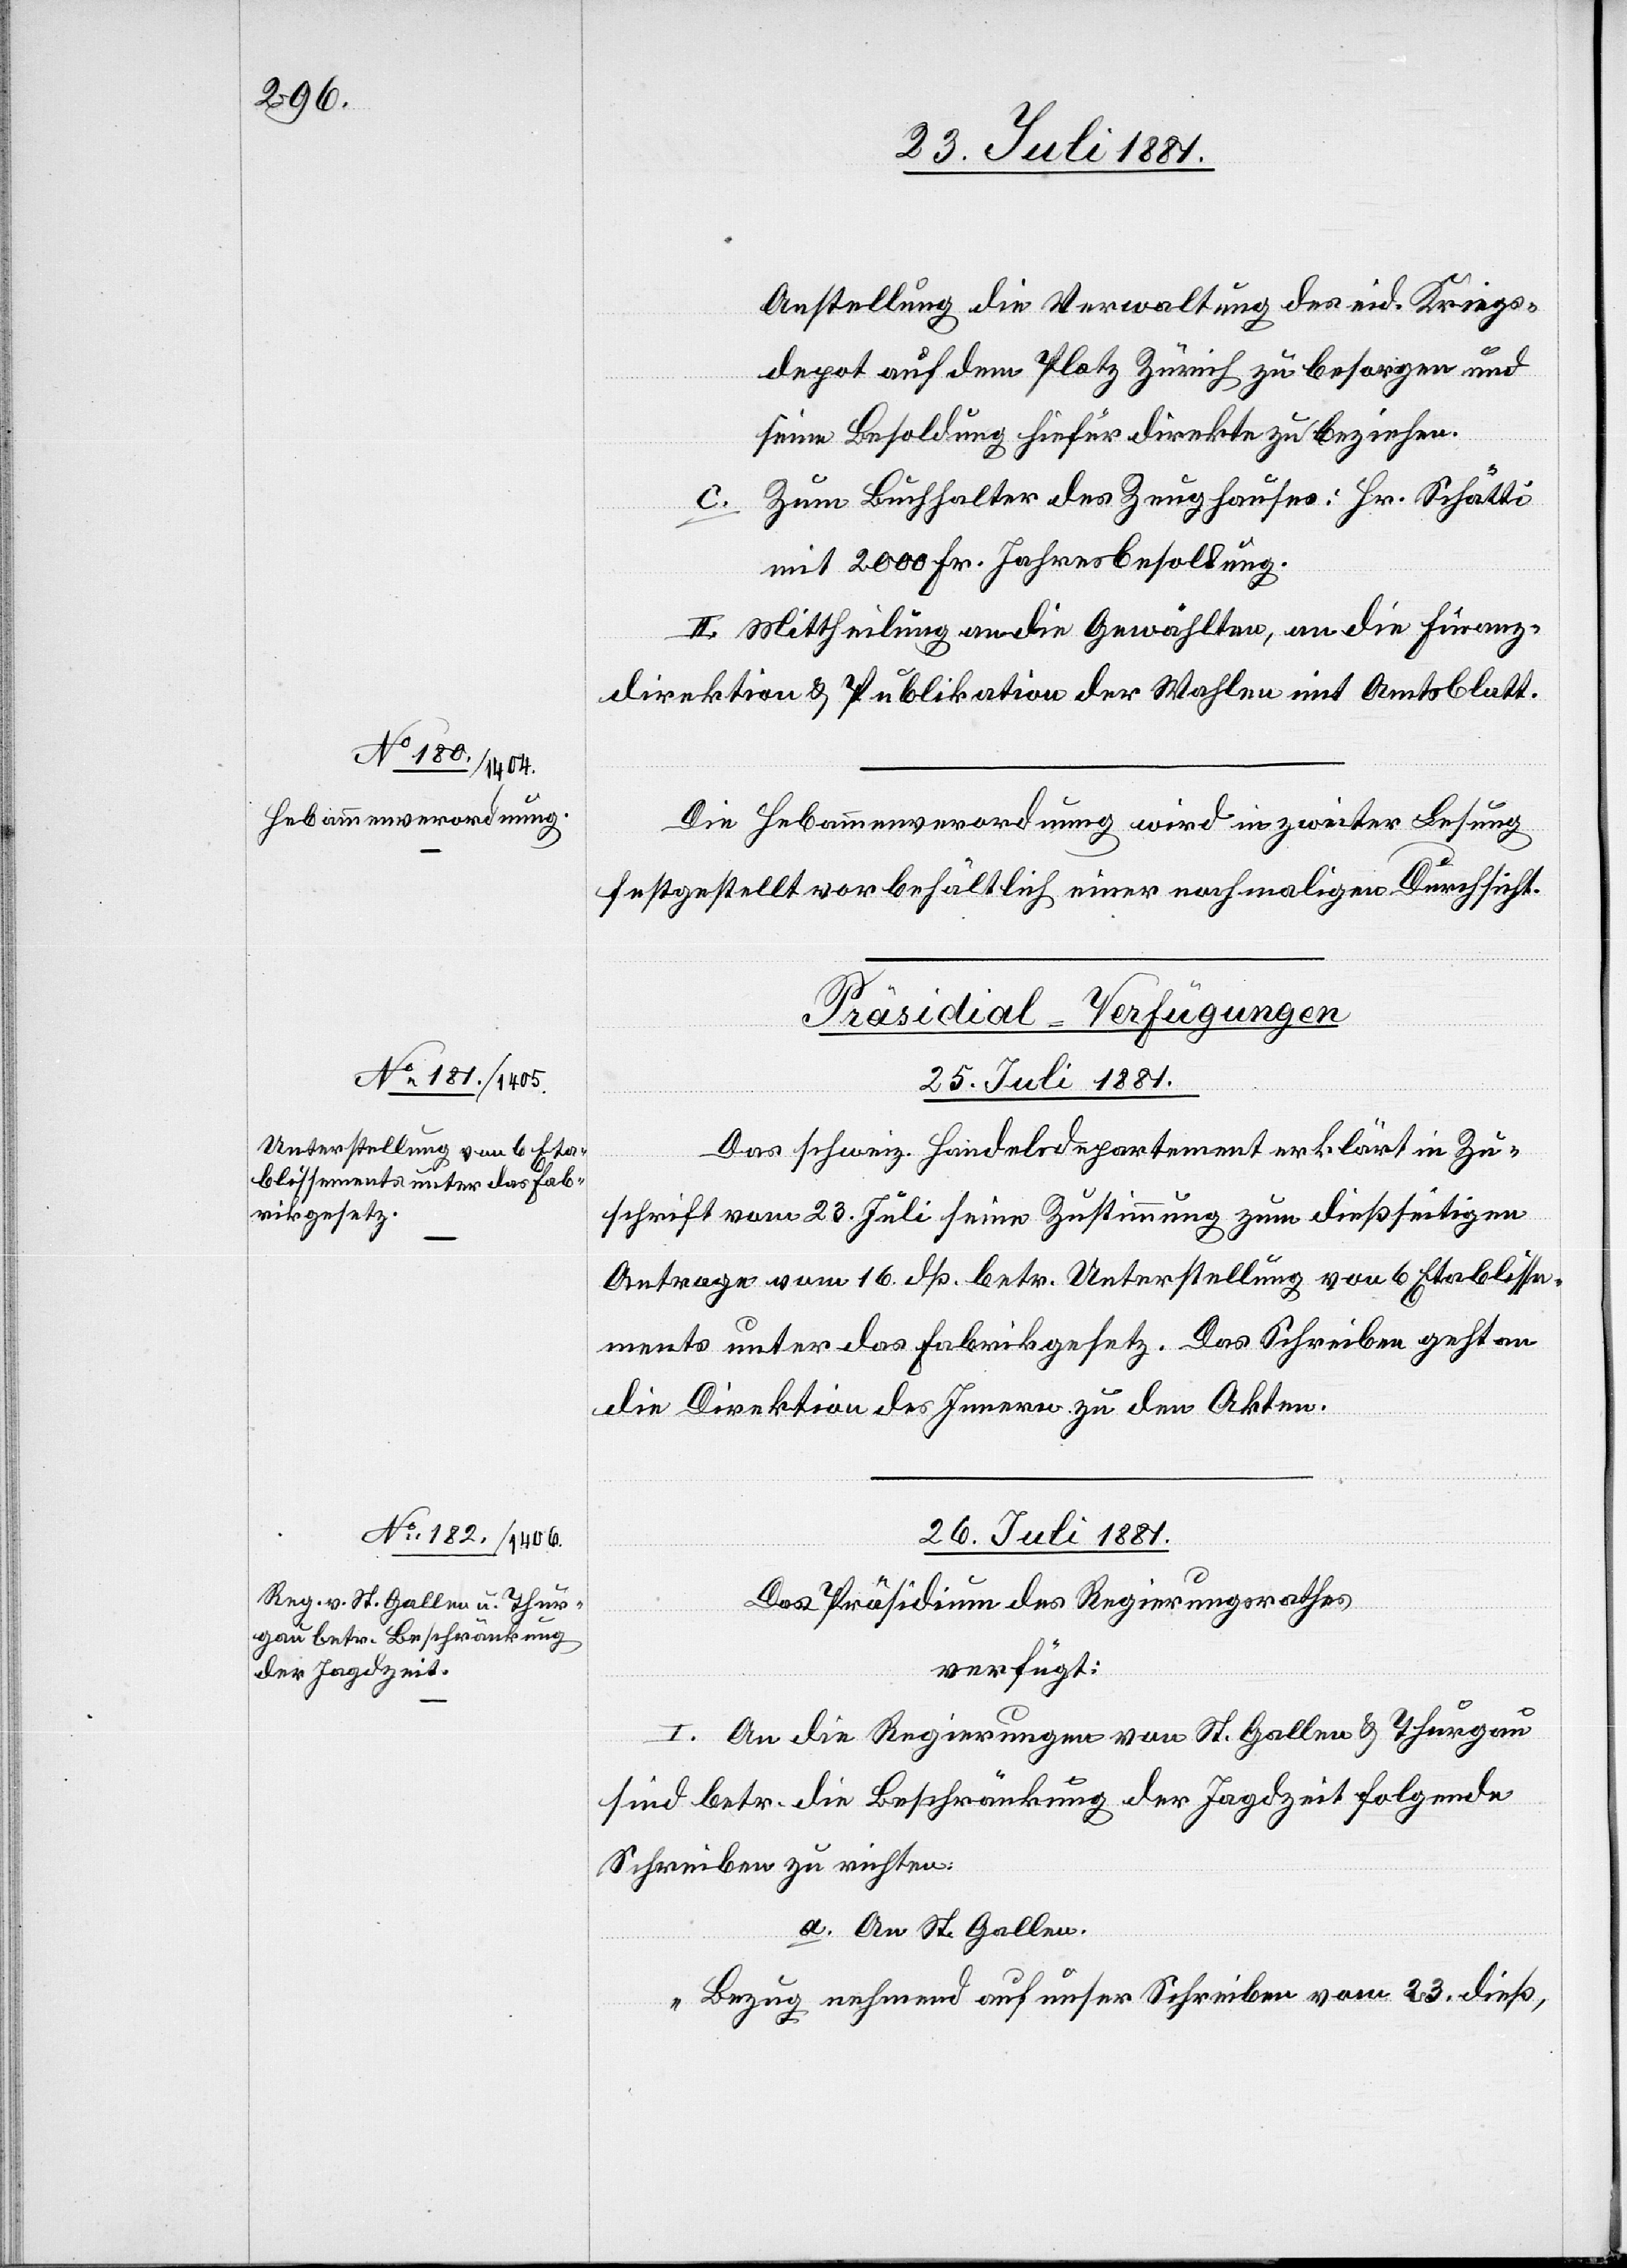
Anstellung die Verwaltung des eid. Kriegs¬
depot auf dem Platz Zürich zu besorgen und
seine Besoldung hiefür direkte zu beziehen.
c. Zum Buchhalter des Zeughauses: Hr. Schätti
mit 2000 Fr. Jahresbesoldung.
II. Mittheilung an die Gewählten, an die Finanz¬
direktion & Publikation der Wahlen mit Amtsblatt.
Die Hebammenverordnung wird in zweiter Lesung
festgestellt vorbehältlich einer nochmaligen Durchsicht.
[Präsidial-Verfügungen.]
25. Juli 1881.
Das schweiz. Handelsdepartement erklärt in Zu¬
schrift vom 23. Juli seine Zustimmung zum dießseitigen
Antrage vom 16. dß. betr. Unterstellung von 6 Etablisse¬
ments unter das Fabrikgesetz. Das Schreiben geht an
die Direktion des Innern zu den Akten.
26. Juli 1881.
Das Präsidium des Regierungsrathes
verfügt:
I. An die Regierungen von St. Gallen & Thurgau
sind betr. die Beschränkung der Jagdzeit folgende
Schreiben zu richten:
a. An St. Gallen.
„Bezug nehmend auf unser Schreiben vom 23. dieß,